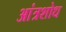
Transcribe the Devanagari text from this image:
आंत्रशोध